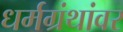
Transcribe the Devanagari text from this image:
धर्मग्रंथांवर